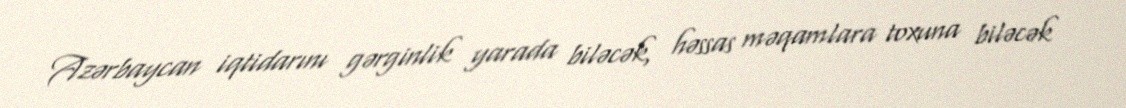
Azərbaycan iqtidarını gərginlik yarada biləcək, həssas məqamlara toxuna biləcək